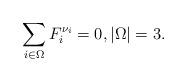
LaTeX: \begin{align*}\sum_{i\in \Omega} F_i^{\nu_i}=0,|\Omega|=3.\end{align*}